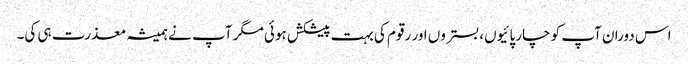
اس دوران آپ کو چارپائیوں، بستروں اور رقوم کی بہت پیشکش ہوئی مگر آپ نے ہمیشہ معذرت ہی کی۔